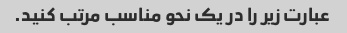
عبارت زیر را در یک نحو مناسب مرتب کنید.